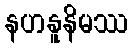
နဟနူနိမဿ